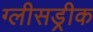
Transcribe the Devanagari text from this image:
ग्लीसड्रीक